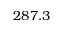
2 8 7 . 3